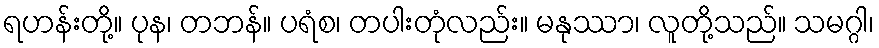
ရဟန်းတို့။ ပုန၊ တဘန်။ ပရံစ၊ တပါးတုံလည်း။ မနုဿာ၊ လူတို့သည်။ သမဂ္ဂါ၊